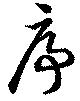
序